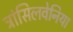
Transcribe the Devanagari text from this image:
ट्रांसिलवेनिया